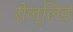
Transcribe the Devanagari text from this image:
ऱोल्लिङ